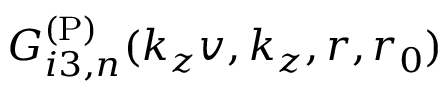
G _ { i 3 , n } ^ { \mathrm { ( P ) } } ( k _ { z } v , k _ { z } , r , r _ { 0 } )